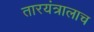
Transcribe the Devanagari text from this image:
तारयंत्रालाच